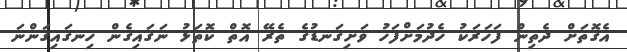
އެގޮތަށް ދެތިން ފަހަރަކު ހެދުމަށްފަހު ވަށިގަނޑުގެ ތެރޭ އޮތް ކޮތަޅު ނަގައިގެން ހިނގައިގަންނަ